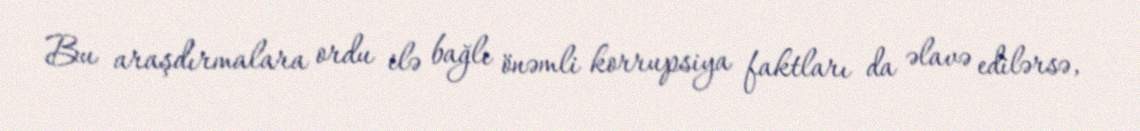
Bu araşdırmalara ordu ilə bağlı önəmli korrupsiya faktları da əlavə edilərsə,